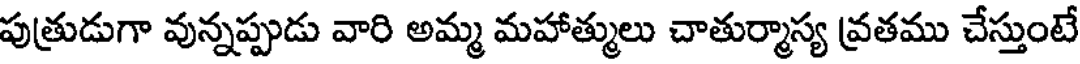
పుత్రుడుగా వున్నప్పుడు వారి అమ్మ మహాత్ములు చాతుర్మాస్య వ్రతము చేస్తుంటే